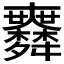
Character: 𦨅